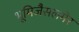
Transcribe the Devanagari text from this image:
भूमिजैसलमेर